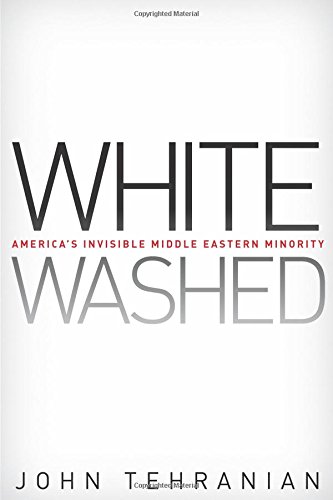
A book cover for Whitewashed: America's Invisible Middle Eastern Minority (Critical America); John Tehranian; Law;